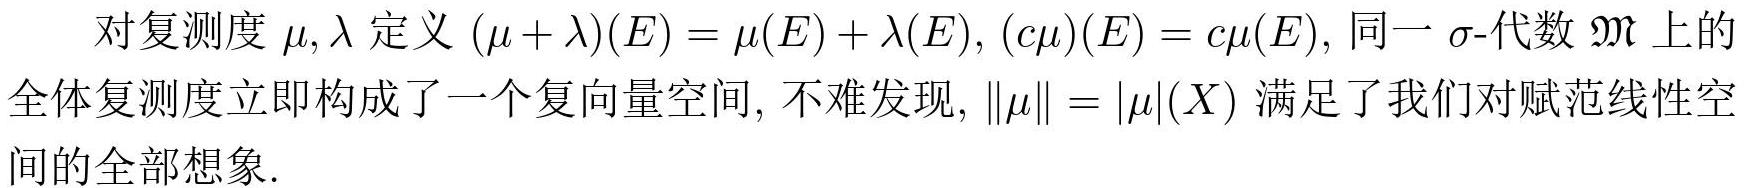
对复测度 $\mu,\lambda$ 定义 $(\mu + \lambda)(E) = \mu(E) + \lambda(E), (c\mu)(E) = c\mu(E)$, 同一 $\sigma$-代数 $\mathfrak{M}$ 上的全体复测度立即构成了一个复向量空间, 不难发现, $\|\mu\| = |\mu|(X)$ 满足了我们对赋范线性空间的全部想象.